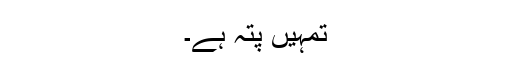
تمہیں پتہ ہے۔